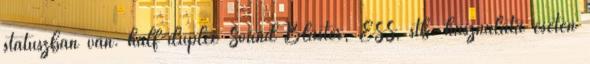
státuszban van. half-duplex Sound Blaster, ESS, stb. használata esetén